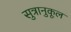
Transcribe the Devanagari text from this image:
सुत्रानुकूल